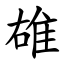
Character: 䧺